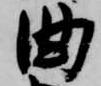
曲